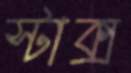
স্টাক্স